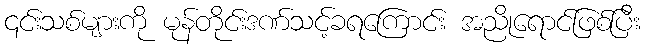
၎င်းသစ်များကို မုန်တိုင်းဒဏ်သင့်ခရကြောင်း အညိုရောင်ဖြစ်ပြီး